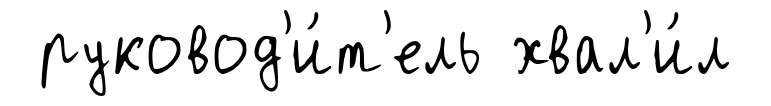
руковод'и́т'ель хвал'и́л